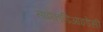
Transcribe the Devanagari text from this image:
साइकाडिआइडेसी